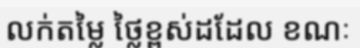
លក់តម្លៃ ថ្លៃខ្ពស់ដដែល ខណៈ